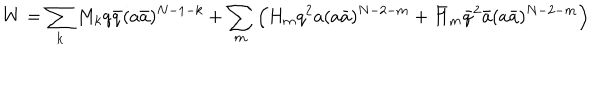
W = \sum _ { k } M _ { k } q \bar { q } ( a \bar { a } ) ^ { N - 1 - k } + \sum _ { m } \Big ( H _ { m } q ^ { 2 } a ( a \bar { a } ) ^ { N - 2 - m } + \bar { H } _ { m } \bar { q } ^ { 2 } \bar { a } ( a \bar { a } ) ^ { N - 2 - m } \Big )